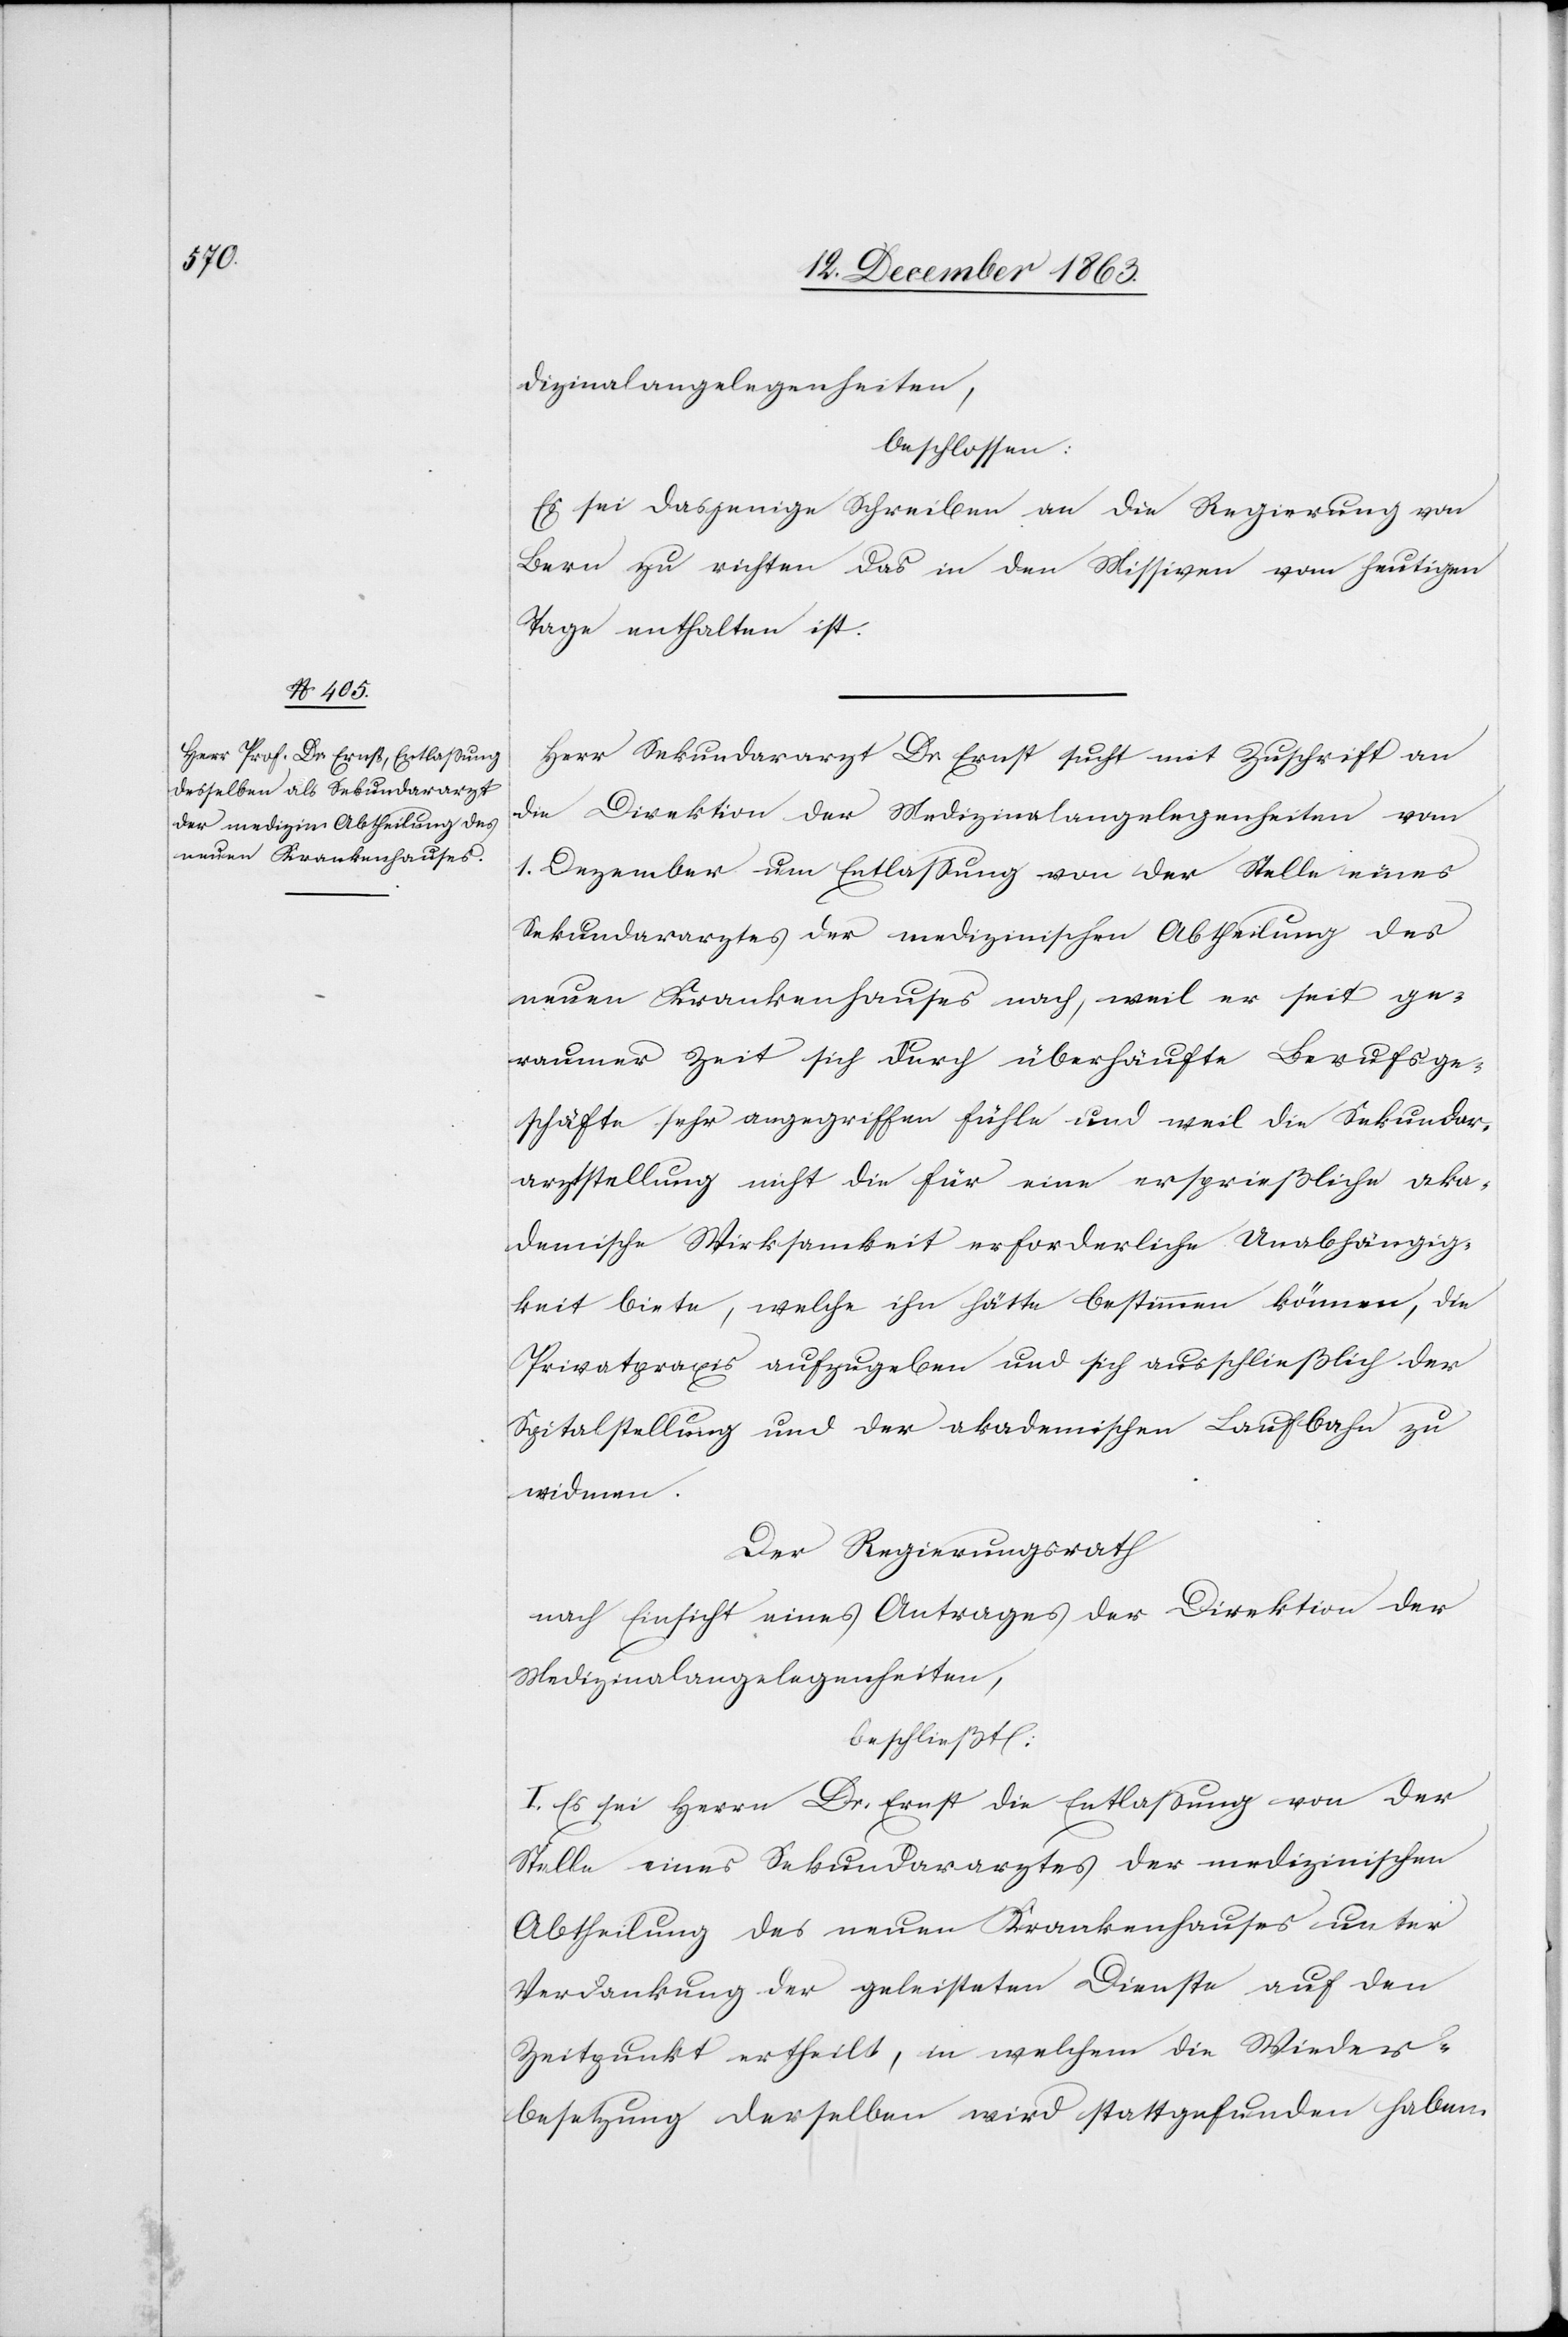
dizinalangelegenheiten,
beschlossen:
Es sei dasjenige Schreiben an die Regierung von
Bern zu richten[,] das in den Missiven vom heutigen
Tage enthalten ist.
Herr Sekundararzt Dr Ernst sucht mit Zuschrift an
die Direktion der Medizinalangelegenheiten vom
1. Dezember um Entlassung von der Stelle eines
Sekundararztes der medizinischen Abtheilung des
neuen Krankenhauses nach, weil er seit ge¬
raumer Zeit sich durch überhäufte Berufsge¬
schäfte sehr angegriffen fühle und weil die Sekundar¬
arztstellung nicht die für eine ersprießliche aka¬
demische Wirksamkeit erforderliche Unabhängig¬
keit biete, welche ihn hätte bestimmen können, die
Privatpraxis aufzugeben und sich ausschließlich der
Spitalstellung und der akademischen Laufbahn zu
widmen.
Der Regierungsrath
nach Einsicht eines Antrages der Direktion der
Medizinalangelegenheiten,
beschließt:
I. Es sei Herrn Dr. Ernst die Entlassung von der
Stelle eines Sekundararztes der medizinischen
Abtheilung des neuen Krankenhauses unter
Verdankung der geleisteten Dienste auf den
Zeitpunkt ertheilt, in welchem die Wieder¬
besetzung derselben wird stattgefunden haben.